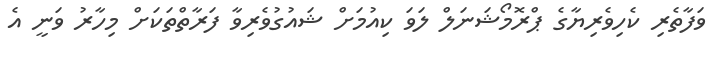
ވަފާތެރި ކެހިވެރިޔާގެ ޕްރޮމޯޝަނަލް ލަވަ ކިއުމަށް ޝައުގުވެރިވާ ފަރާތްތަކަށް މިހާރު ވަނީ އެ